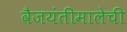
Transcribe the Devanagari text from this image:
वैजयंतीमालेची